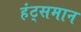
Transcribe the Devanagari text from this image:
हंट्समान